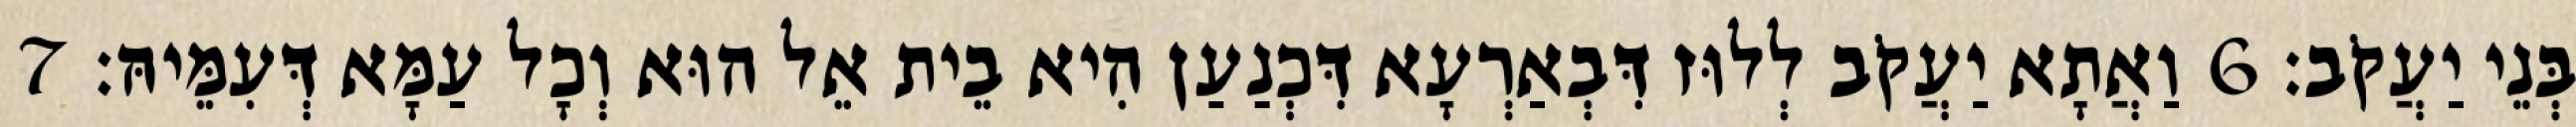
בְּנֵי יַעֲקֹב׃ 6 וַאֲתָא יַעֲקֹב לְלוּז דִּבְאַרְעָא דִּכְנַעַן הִיא בֵית אֵל הוּא וְכָל עַמָּא דְּעִמֵּיהּ׃ 7